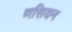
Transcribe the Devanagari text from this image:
णसियन